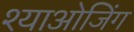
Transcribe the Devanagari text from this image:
श्याओजिंग